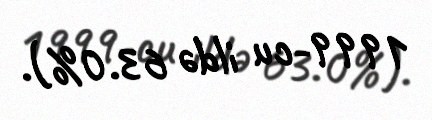
1999-cu ildə 63.0%).